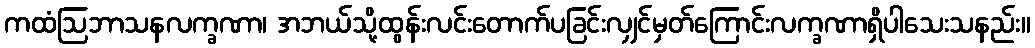
ကထံဩဘာသနလက္ခဏာ၊ အဘယ်သို့ထွန်းလင်းတောက်ပခြင်းလျှင်မှတ်ကြောင်းလက္ခဏာရှိပါသေးသနည်း။